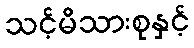
သင့်မိသားစုနှင့်